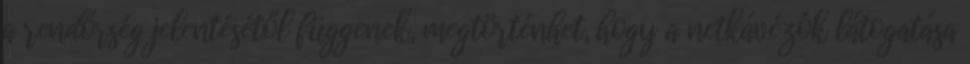
a rendőrség jelentésétől függenek, megtörténhet, hogy a netkávézók látogatása